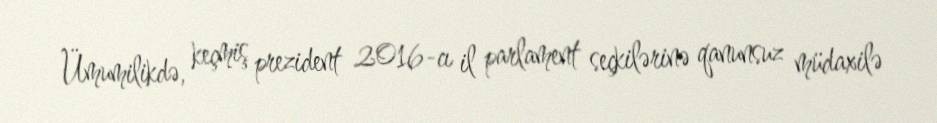
Ümumilikdə, keçmiş prezident 2016-cı il parlament seçkilərinə qanunsuz müdaxilə